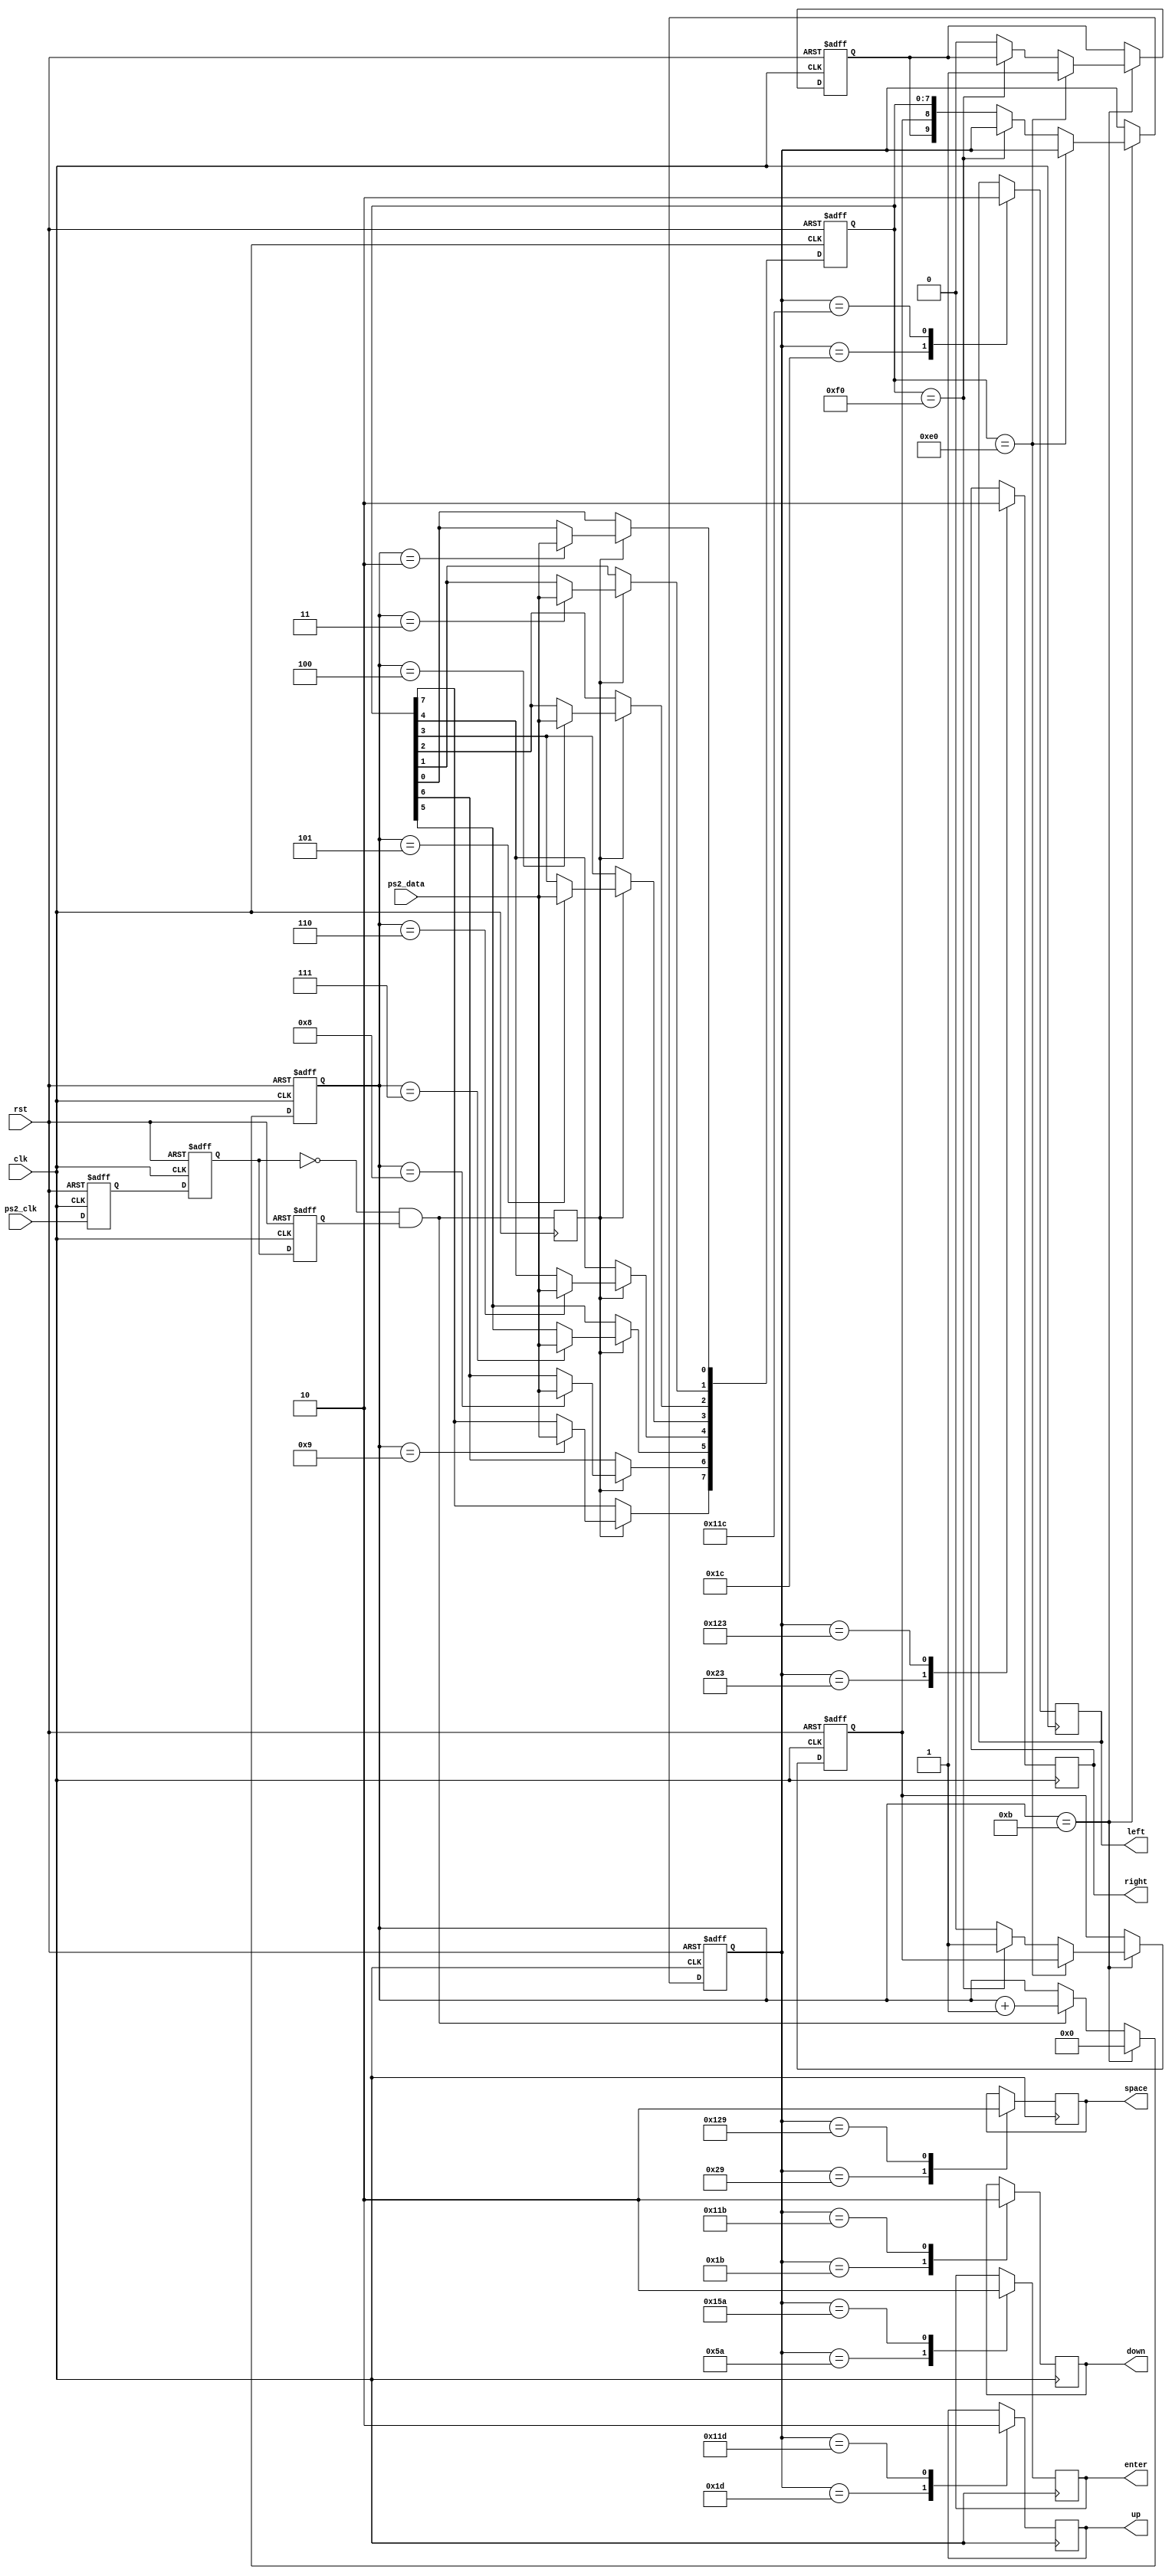
module PS2(
	input clk, rst,
	input ps2_clk, ps2_data,
	output reg up, left, right, enter,down,space//top
	);

reg ps2_clk_falg0, ps2_clk_falg1, ps2_clk_falg2;
wire negedge_ps2_clk = !ps2_clk_falg1 & ps2_clk_falg2;
reg negedge_ps2_clk_shift;
reg [9:0] data;
reg data_break, data_done, data_expand;
reg[7:0]temp_data;
reg[3:0]num;

always@(posedge clk or posedge rst)begin
	if(rst)begin
		ps2_clk_falg0<=1'b0;
		ps2_clk_falg1<=1'b0;
		ps2_clk_falg2<=1'b0;
	end
	else begin
		ps2_clk_falg0<=ps2_clk;
		ps2_clk_falg1<=ps2_clk_falg0;
		ps2_clk_falg2<=ps2_clk_falg1;
	end
end

always@(posedge clk or posedge rst)begin
	if(rst)
		num<=4'd0;
	else if (num==4'd11)
		num<=4'd0;
	else if (negedge_ps2_clk)
		num<=num+1'b1;
end

always@(posedge clk)begin
	negedge_ps2_clk_shift<=negedge_ps2_clk;
end


always@(posedge clk or posedge rst)begin
	if(rst)
		temp_data<=8'd0;
	else if (negedge_ps2_clk_shift)begin
		case(num)
			4'd2 : temp_data[0]<=ps2_data;
			4'd3 : temp_data[1]<=ps2_data;
			4'd4 : temp_data[2]<=ps2_data;
			4'd5 : temp_data[3]<=ps2_data;
			4'd6 : temp_data[4]<=ps2_data;
			4'd7 : temp_data[5]<=ps2_data;
			4'd8 : temp_data[6]<=ps2_data;
			4'd9 : temp_data[7]<=ps2_data;
			default: temp_data<=temp_data;
		endcase
	end
	else temp_data<=temp_data;
end

always@(posedge clk or posedge rst)begin
	if(rst)begin
		data_break<=1'b0;
		data<=10'd0;
		data_done<=1'b0;
		data_expand<=1'b0;
	end
	else if(num==4'd11)begin
		if(temp_data==8'hE0)begin//E0
			data_expand<=1'b1;
		end
		else if(temp_data==8'hF0)begin//F0
			data_break<=1'b1;
		end
		else begin
			data<={data_expand,data_break,temp_data};
			data_done<=1'b1;
			data_expand<=1'b0;
			data_break<=1'b0;
		end
	end
	else begin
		data<=data;
		data_done<=1'b0;
		data_expand<=data_expand;
		data_break<=data_break;
	end
end

always @(posedge clk) begin
	case (data)
        10'h05A:enter = 1;
        10'h15A:enter = 0;
        10'h01D:up = 1;//dataE0
        10'h11D:up = 0;//F0,WASD1D,1C,1B,23
        10'h01C:left = 1;
		10'h11C:left = 0;
		10'h01B:down = 1;
		10'h11B:down = 0;
		10'h023:right = 1;
		10'h123:right = 0;
		10'h029:space = 1;
		10'h129:space = 0;
    endcase
end

endmodule